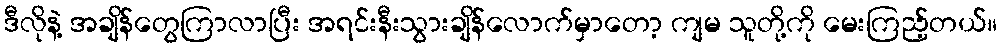
ဒီလိုနဲ့ အချိန်တွေကြာလာပြီး အရင်းနီးသွားချိန်လောက်မှာတော့ ကျမ သူတို့ကို မေးကြည့်တယ်။